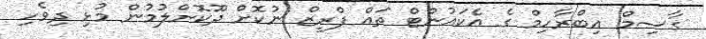
ގާސިމް އިބްރާހިމް ގެ އެކައުންޓް ތައް ފްރީޒް ނުކޮށް ދޫކޮށްލުމުން މުޅި ދިވެހި